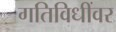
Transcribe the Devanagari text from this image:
गतिविधींवर